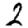
Digit: 2